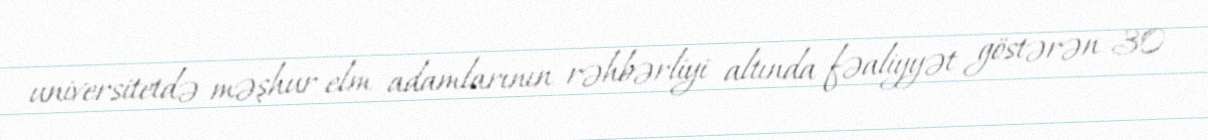
universitetdə məşhur elm adamlarının rəhbərliyi altında fəaliyyət göstərən 30